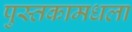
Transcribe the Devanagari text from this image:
पुस्तकामधला